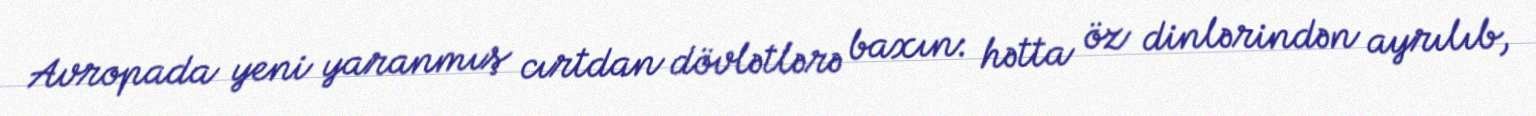
Avropada yeni yaranmış cırtdan dövlətlərə baxın: hətta öz dinlərindən ayrılıb,